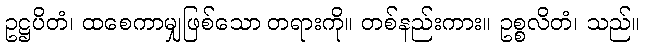
ဥဋ္ဌပိတံ၊ ထစေကာမျှဖြစ်သော တရားကို။ တစ်နည်းကား။ ဥစ္စလိတံ၊ သည်။